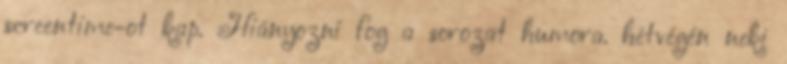
screentime-ot kap. Hiányozni fog a sorozat humora. hétvégén neki